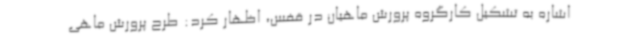
اشاره به تشکیل کارگروه پرورش ماهیان در قفس، اظهار کرد: طرح پرورش ماهی